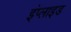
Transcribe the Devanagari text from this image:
इंप्लाइड